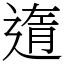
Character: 遀